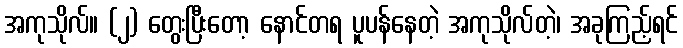
အကုသိုလ်။ (၂) တွေးပြီးတော့ နောင်တရ ပူပန်နေတဲ့ အကုသိုလ်တဲ့၊ အခုကြည့်ရင်